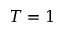
T = 1